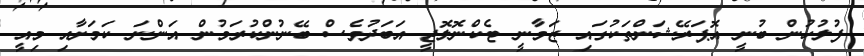
ފުލުހުން ބުނީ އޮޕަރޭޝަންތަކުގައި ޒަމާނީ ޓެކްނޮލޮޖީ އަބަދުވެސް ބޭނުންކުރަމުން އަންނަ ކަމަށާއި މިއީ